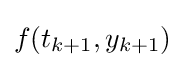
f(t_{k+1},y_{k+1})